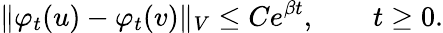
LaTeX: \Vert\varphi_{t}(u)-\varphi_{t}(v)\Vert_{V}\leq Ce^{\beta t},\qquad t\geq 0.